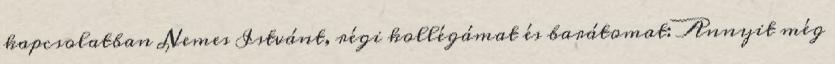
kapcsolatban Nemes Istvánt, régi kollégámat és barátomat: Annyit még